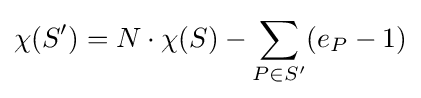
\chi (S')=N\cdot \chi (S)-\sum _{P\in S'}(e_{P}-1)